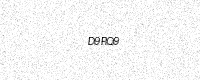
Text: D9RQ9